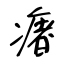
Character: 瘏